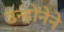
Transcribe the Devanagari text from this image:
उन्होंनेने